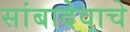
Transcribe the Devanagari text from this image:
सांबादेवाचे